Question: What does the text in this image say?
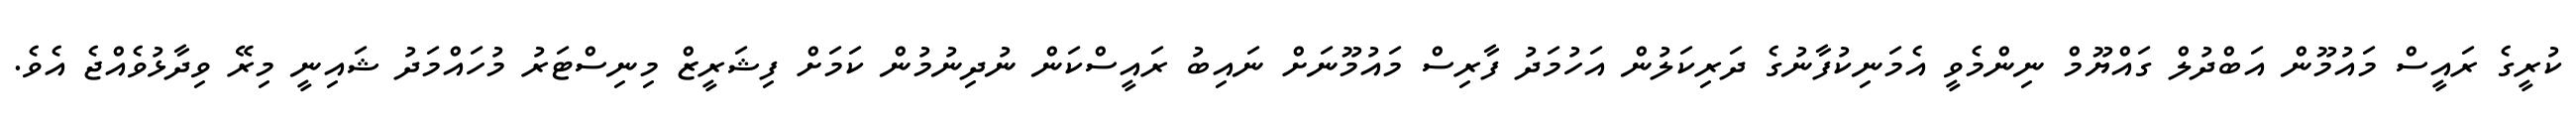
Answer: ކުރީގެ ރައީސް މައުމޫން އަބްދުލް ގައްޔޫމް ނިންމެވީ އެމަނިކުފާނުގެ ދަރިކަލުން އަހުމަދު ފާރިސް މައުމޫނަށް ނައިބު ރައީސްކަން ނުދިނުމުން ކަމަށް ފިޝަރީޒް މިނިސްޓަރު މުހައްމަދު ޝައިނީ މިރޭ ވިދާޅުވެއްޖެ އެވެ.